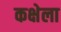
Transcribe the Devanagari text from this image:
कक्षेला